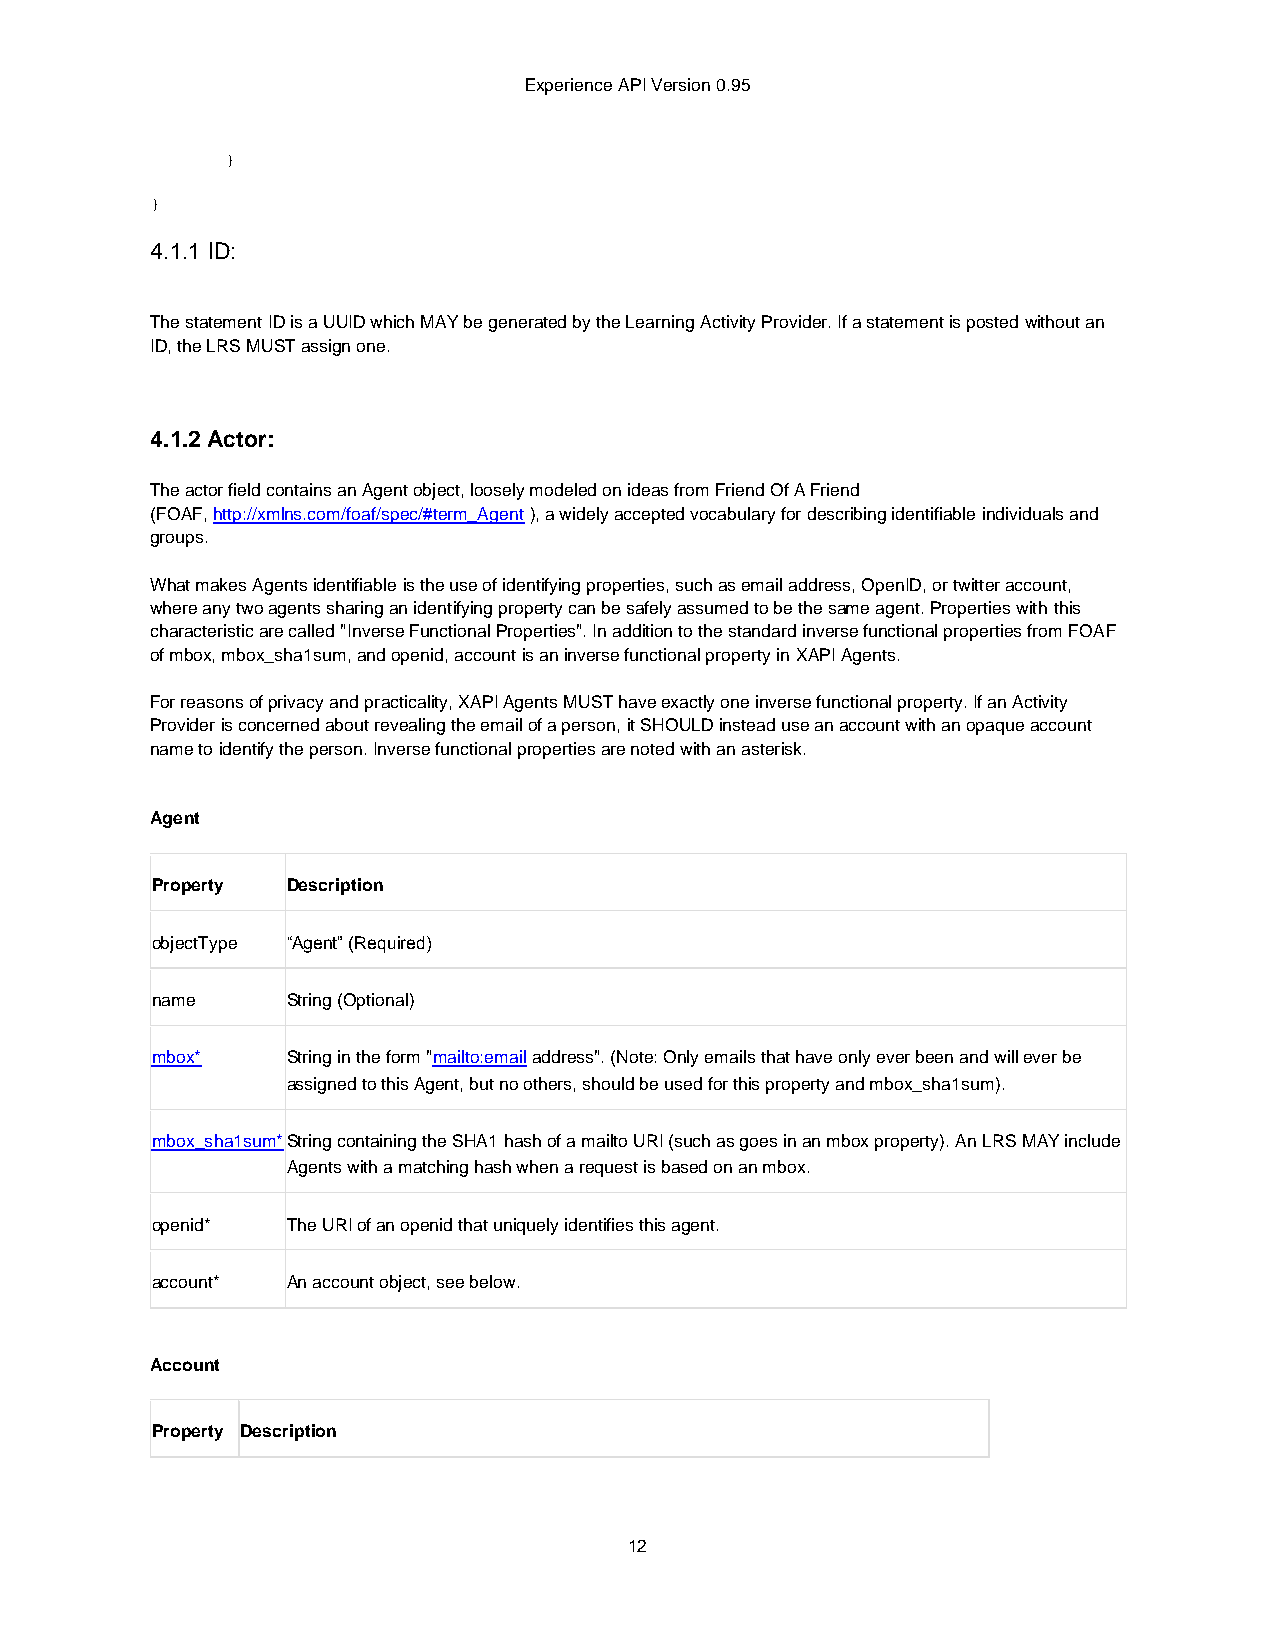
Experience API Version 0.95
 }
 }
 4.1.1 ID:
 The statement ID is a UUID which MAY be generated by the Learning Activity Provider. If a statement is posted without an
 ID, the LRS MUST assign one.
 4.1.2 Actor:
 The actor field contains an Agent object, loosely modeled on ideas from Friend Of A Friend
 (FOAF, http://xmlns.com/foaf/spec/#term_Agent ), a widely accepted vocabulary for describing identifiable individuals and
 groups.
 What makes Agents identifiable is the use of identifying properties, such as email address, OpenID, or twitter account,
 where any two agents sharing an identifying property can be safely assumed to be the same agent. Properties with this
 characteristic are called "Inverse Functional Properties". In addition to the standard inverse functional properties from FOAF
 of mbox, mbox_sha1sum, and openid, account is an inverse functional property in XAPI Agents.
 For reasons of privacy and practicality, XAPI Agents MUST have exactly one inverse functional property. If an Activity
 Provider is concerned about revealing the email of a person, it SHOULD instead use an account with an opaque account
 name to identify the person. Inverse functional properties are noted with an asterisk.
 Agent
 Property Description
 objectType “Agent” (Required)
 name     String (Optional)
 mbox*    String in the form "mailto:email address". (Note: Only emails that have only ever been and will ever be
 assigned to this Agent, but no others, should be used for this property and mbox_sha1sum).
 mbox_sha1sum*String containing the SHA1 hash of a mailto URI (such as goes in an mbox property). An LRS MAY include
 Agents with a matching hash when a request is based on an mbox.
 openid*  The URI of an openid that uniquely identifies this agent.
 account* An account object, see below.
 Account
 Property Description
 12